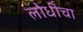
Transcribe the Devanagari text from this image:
लोधीचा